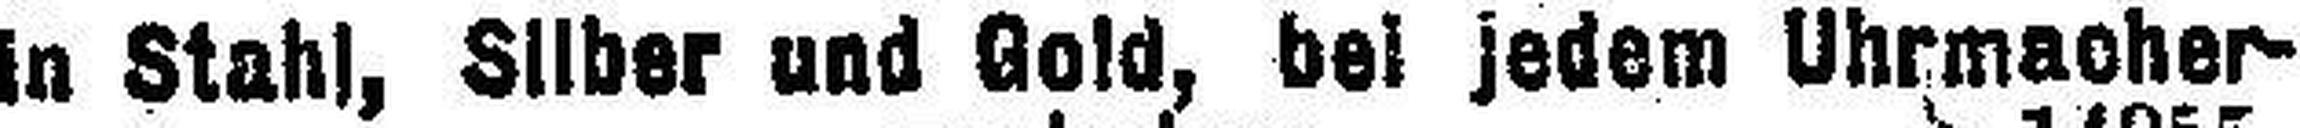
in Stahl, Silber und Gold, bei jedem Uhrmacher¬